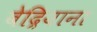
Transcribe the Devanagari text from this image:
बेद्रियाना